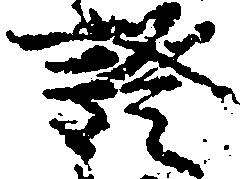
証